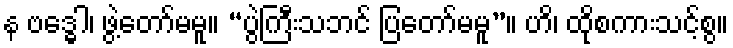
န ဗဒ္ဓေါ၊ ဖွဲ့တော်မမူ။ “ပွဲကြီးသဘင် ပြတော်မမူ”။ ဟိ၊ ထိုစကားသင့်စွ။